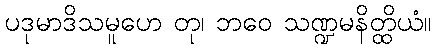
ပဒုမာဒိသမူဟေ တု၊ ဘဝေ သဏ္ဍမနိတ္ထိယံ။